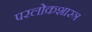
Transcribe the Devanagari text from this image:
परलोकशास्त्र